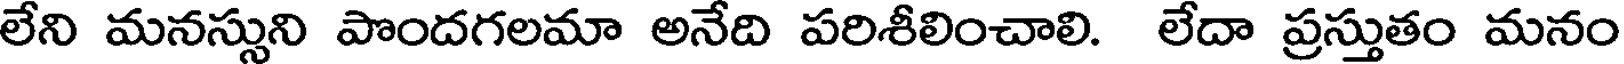
లేని మనస్సుని పొందగలమా అనేది పరిశీలించాలి. లేదా ప్రస్తుతం మనం